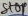
Text: Stop